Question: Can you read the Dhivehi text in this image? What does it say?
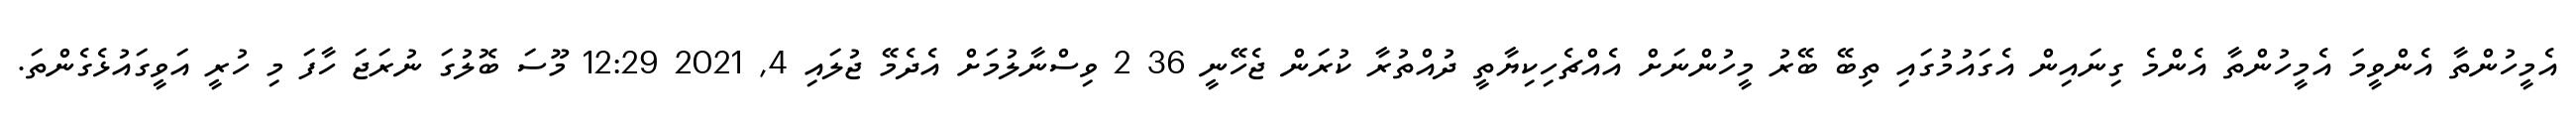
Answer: އެމީހުންތާ އެންވީމަ އެމީހުންތާ އެންމެ ގިނައިން އެގައުމުގައި ތިބޭ ބޭރު މީހުންނަށް އެއްޗެހިކިޔާތީ ދުއްތުރާ ކުރަން ޖެހޭނީ 36 2 ވިސްނާލުމަށް އެދެމޭ ޖުލައި 4, 2021 12:29 މޫސަ ބޮލުގަ ނުރަޖަ ހާފަ މި ހުރީ އަވީގައުޅެގެންތަ.